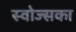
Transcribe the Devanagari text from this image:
स्वोज्सका